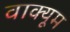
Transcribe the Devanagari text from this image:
वाक्यूम